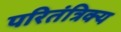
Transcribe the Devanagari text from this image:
परितंत्रिक्य